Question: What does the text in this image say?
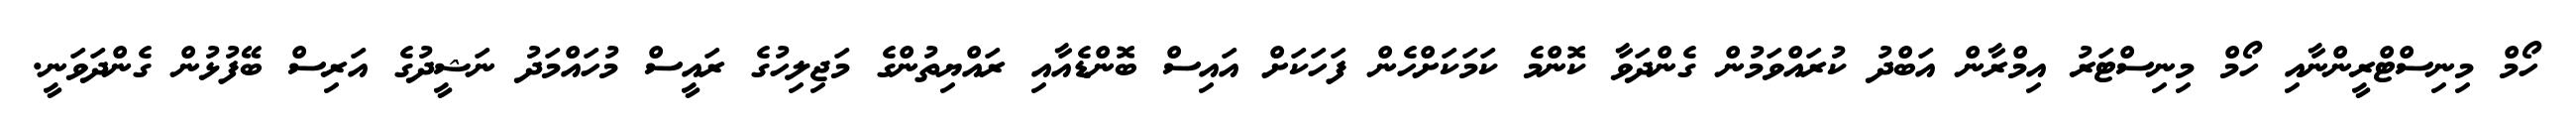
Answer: ހޯމް މިނިސްޓްރީންނާއި ހޯމް މިނިސްޓަރު އިމްރާން އަބްދު ކުރައްވަމުން ގެންދަވާ ކޮންމެ ކަމަކަށްހެން ފަހަކަށް އައިސް ބޮންޑެއާއި ރައްޔިތުންގެ މަޖިލިހުގެ ރައީސް މުހައްމަދު ނަޝީދުގެ އަރިސް ބޭފުޅުން ގެންދަވަނީ.